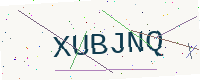
Text: XUBJNQ